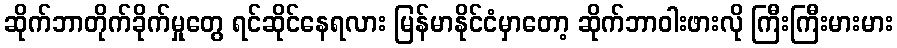
ဆိုက်ဘာတိုက်ခိုက်မှုတွေ ရင်ဆိုင်နေရလား မြန်မာနိုင်ငံမှာတော့ ဆိုက်ဘာဝါးဖားလို ကြီးကြီးမားမား